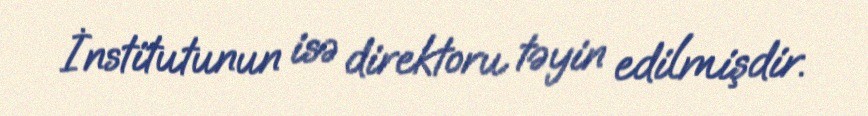
İnstitutunun isə direktoru təyin edilmişdir.